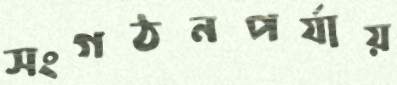
সংগঠনপর্যায়